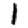
Digit: 1